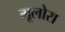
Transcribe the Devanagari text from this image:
मूलोरा